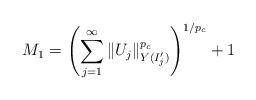
LaTeX: \begin{align*} M_1 = \left(\sum_{j=1}^{\infty}\|U_j\|_{Y(I'_j)}^{p_c}\right)^{1/p_c} +1\end{align*}